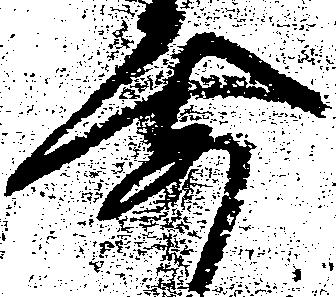
要